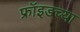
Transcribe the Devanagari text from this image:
फ्रॉइडच्या